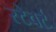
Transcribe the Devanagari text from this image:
स्टेवर्ट